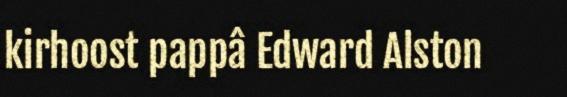
kirhoost pappâ Edward Alston